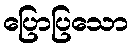
ပြောပြသော